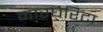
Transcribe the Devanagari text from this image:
मारघेरिटा